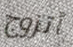
أتزوج